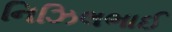
નિઝિલભાઈ